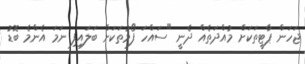
ޖަހަން ޕާޓީތަކަށް މުއްދަތެއް ދެނީ "ސައްހަ ފޯމުތަކަށް ބަލައިފި ނަމަ އެންމެ ބޮޑު